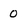
Character: 0